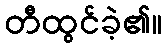
တီထွင်ခဲ့၏။